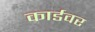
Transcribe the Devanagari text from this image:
कार्डवर